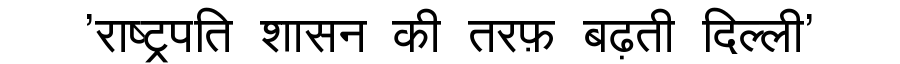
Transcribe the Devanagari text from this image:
'राष्ट्रपति शासन की तरफ़ बढ़ती दिल्ली'